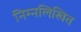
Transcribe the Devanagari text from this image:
निम्‍नलिखित